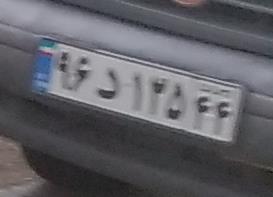
۹۶د۱۳۵۴۴